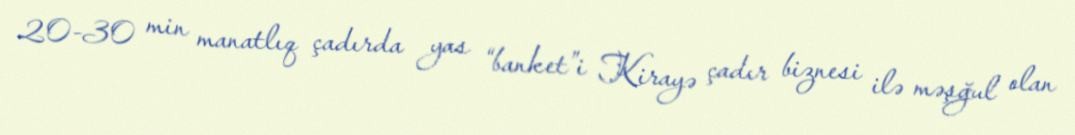
20-30 min manatlıq çadırda yas “banket”i Kirayə çadır biznesi ilə məşğul olan